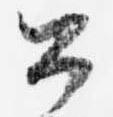
公